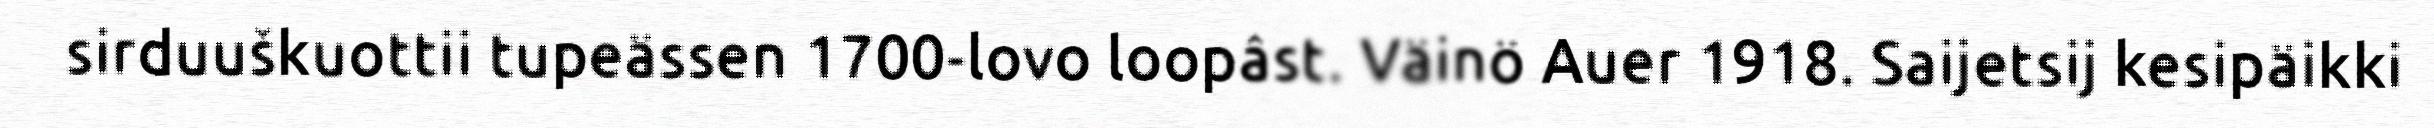
sirduuškuottii tupeässen 1700-lovo loopâst. Väinö Auer 1918. Saijetsij kesipäikki